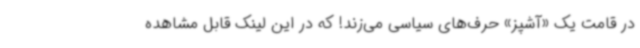
در قامت یک «آشپز» حرف‌های سیاسی می‌زند! که در این لینک قابل مشاهده